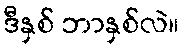
ဒီနှစ် ဘာနှစ်လဲ။